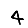
Digit: 4